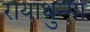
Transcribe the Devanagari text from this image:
रायाथुन्गा